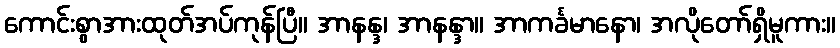
ကောင်းစွာအားထုတ်အပ်ကုန်ပြီ။ အာနန္ဒ၊ အာနန္ဒာ။ အာကင်္ခမာနော၊ အလိုတော်ရှိမူကား။